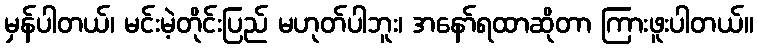
မှန်ပါတယ်၊ မင်းမဲ့တိုင်းပြည် မဟုတ်ပါဘူး၊ အနော်ရထာဆိုတာ ကြားဖူးပါတယ်။